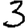
Digit: 3